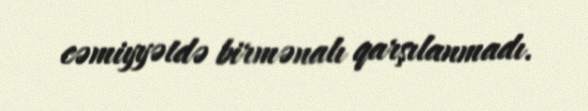
cəmiyyətdə birmənalı qarşılanmadı.